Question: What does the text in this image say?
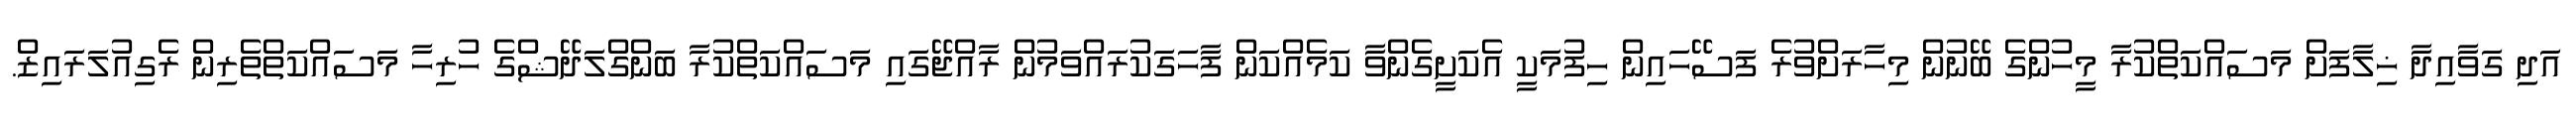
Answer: އަދި ގަވާއިދާ ޚިލާފަށް މަސައްކަތްކުރާ މީހުންގެ ބޭނުން މިހާރަށްވުރެ ފަސޭހައިން ހިފުމަކީ އެކަށީގެންވާ ކަމެއްކަން ފާހަގަކުރައްވަމުން ރާއްޖޭގައި މަސައްކަތްކުރާ ބަންގްލަދޭޝްގެ ހުރިހާ މަސައްކަތްތެރިން ރެގިއުލަރައިޒް.